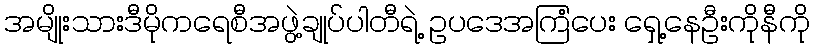
အမျိုးသားဒီမိုကရေစီအဖွဲ့ချုပ်ပါတီရဲ့ ဥပဒေအကြံပေး ရှေ့နေဦးကိုနီကို